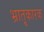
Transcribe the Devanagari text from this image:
भ्रातृ्कारक